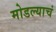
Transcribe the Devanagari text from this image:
मोडल्याचं